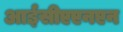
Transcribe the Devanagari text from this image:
आईसीएएनएन